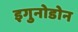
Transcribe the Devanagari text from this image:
इगुनोडोन